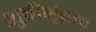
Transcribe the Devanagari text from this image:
शुचीर्भूतता